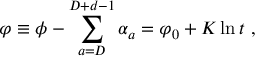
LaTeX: \varphi \equiv \phi - \sum _ { a = D } ^ { D + d - 1 } \alpha _ { a } = \varphi _ { 0 } + { \cal K } \ln t \ ,